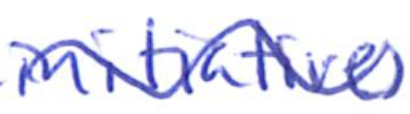
Text: initiatives
Cross-out: wave
Writing tool: ballpoint